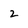
Character: 2